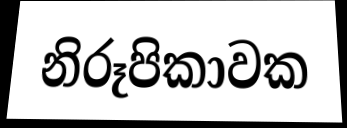
නිරූපිකාවක